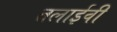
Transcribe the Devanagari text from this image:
तलाईवी